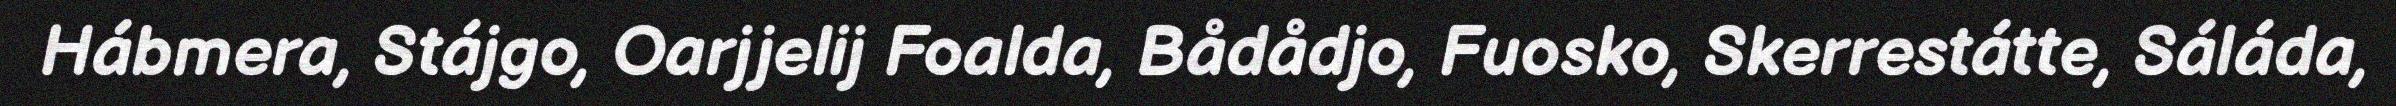
Hábmera, Stájgo, Oarjjelij Foalda, Bådådjo, Fuosko, Skerrestátte, Sáláda,